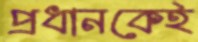
প্রধানকেই